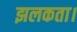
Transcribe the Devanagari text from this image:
झलकता।